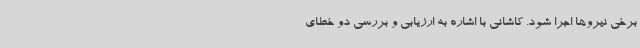
برخی نیروها اجرا شود. کاشانی با اشاره به ارزیابی و بررسی دو خطای